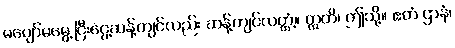
မပျော်မမွေ့ငြီးငွေ့ဆန့်ကျင်လည်း ဆန့်ကျင်လတ္တံ့။ ဣတိ၊ ဤသို့။ ဧတံ ဌာနံ၊